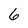
Character: 6